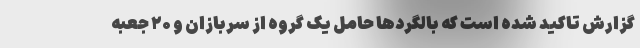
گزارش تاکید شده است که بالگردها حامل یک گروه از سربازان و ۲۰ جعبه